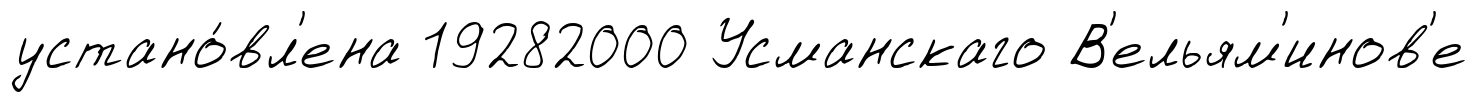
устано́вл'ена 19282000 Усманскаго В'ельям'инов'е